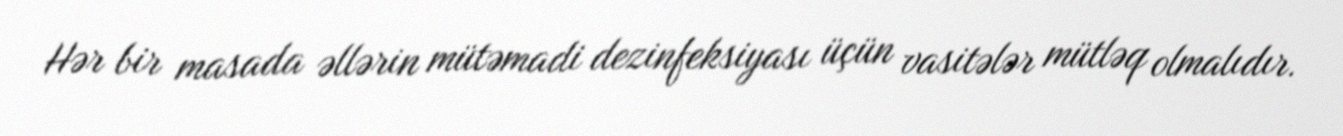
Hər bir masada əllərin mütəmadi dezinfeksiyası üçün vasitələr mütləq olmalıdır.